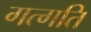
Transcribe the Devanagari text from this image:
गत्गति